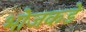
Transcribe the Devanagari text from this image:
भोजकडे